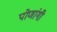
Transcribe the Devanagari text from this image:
पोणांगी